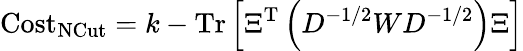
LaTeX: \mathrm{Cost}_{\textrm{NCut}}=k-\mathrm{Tr}\left[\Xi^{\textrm{T}}\left(D^{-1/2}WD^{-1/2}\right)\Xi\right]